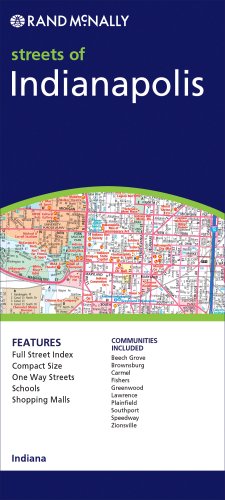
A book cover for Indianapolis (Rand McNally Folded Map: Cities); Rand McNally; Travel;